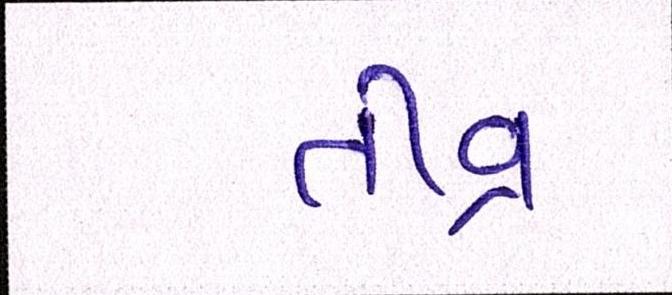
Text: તીવ્ર